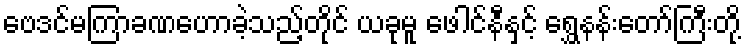
ဗေဒင်မကြာခဏဟောခဲ့သည့်တိုင် ယခုမူ ဖေါင်နီနှင့် ရွှေနန်းတော်ကြီးတို့